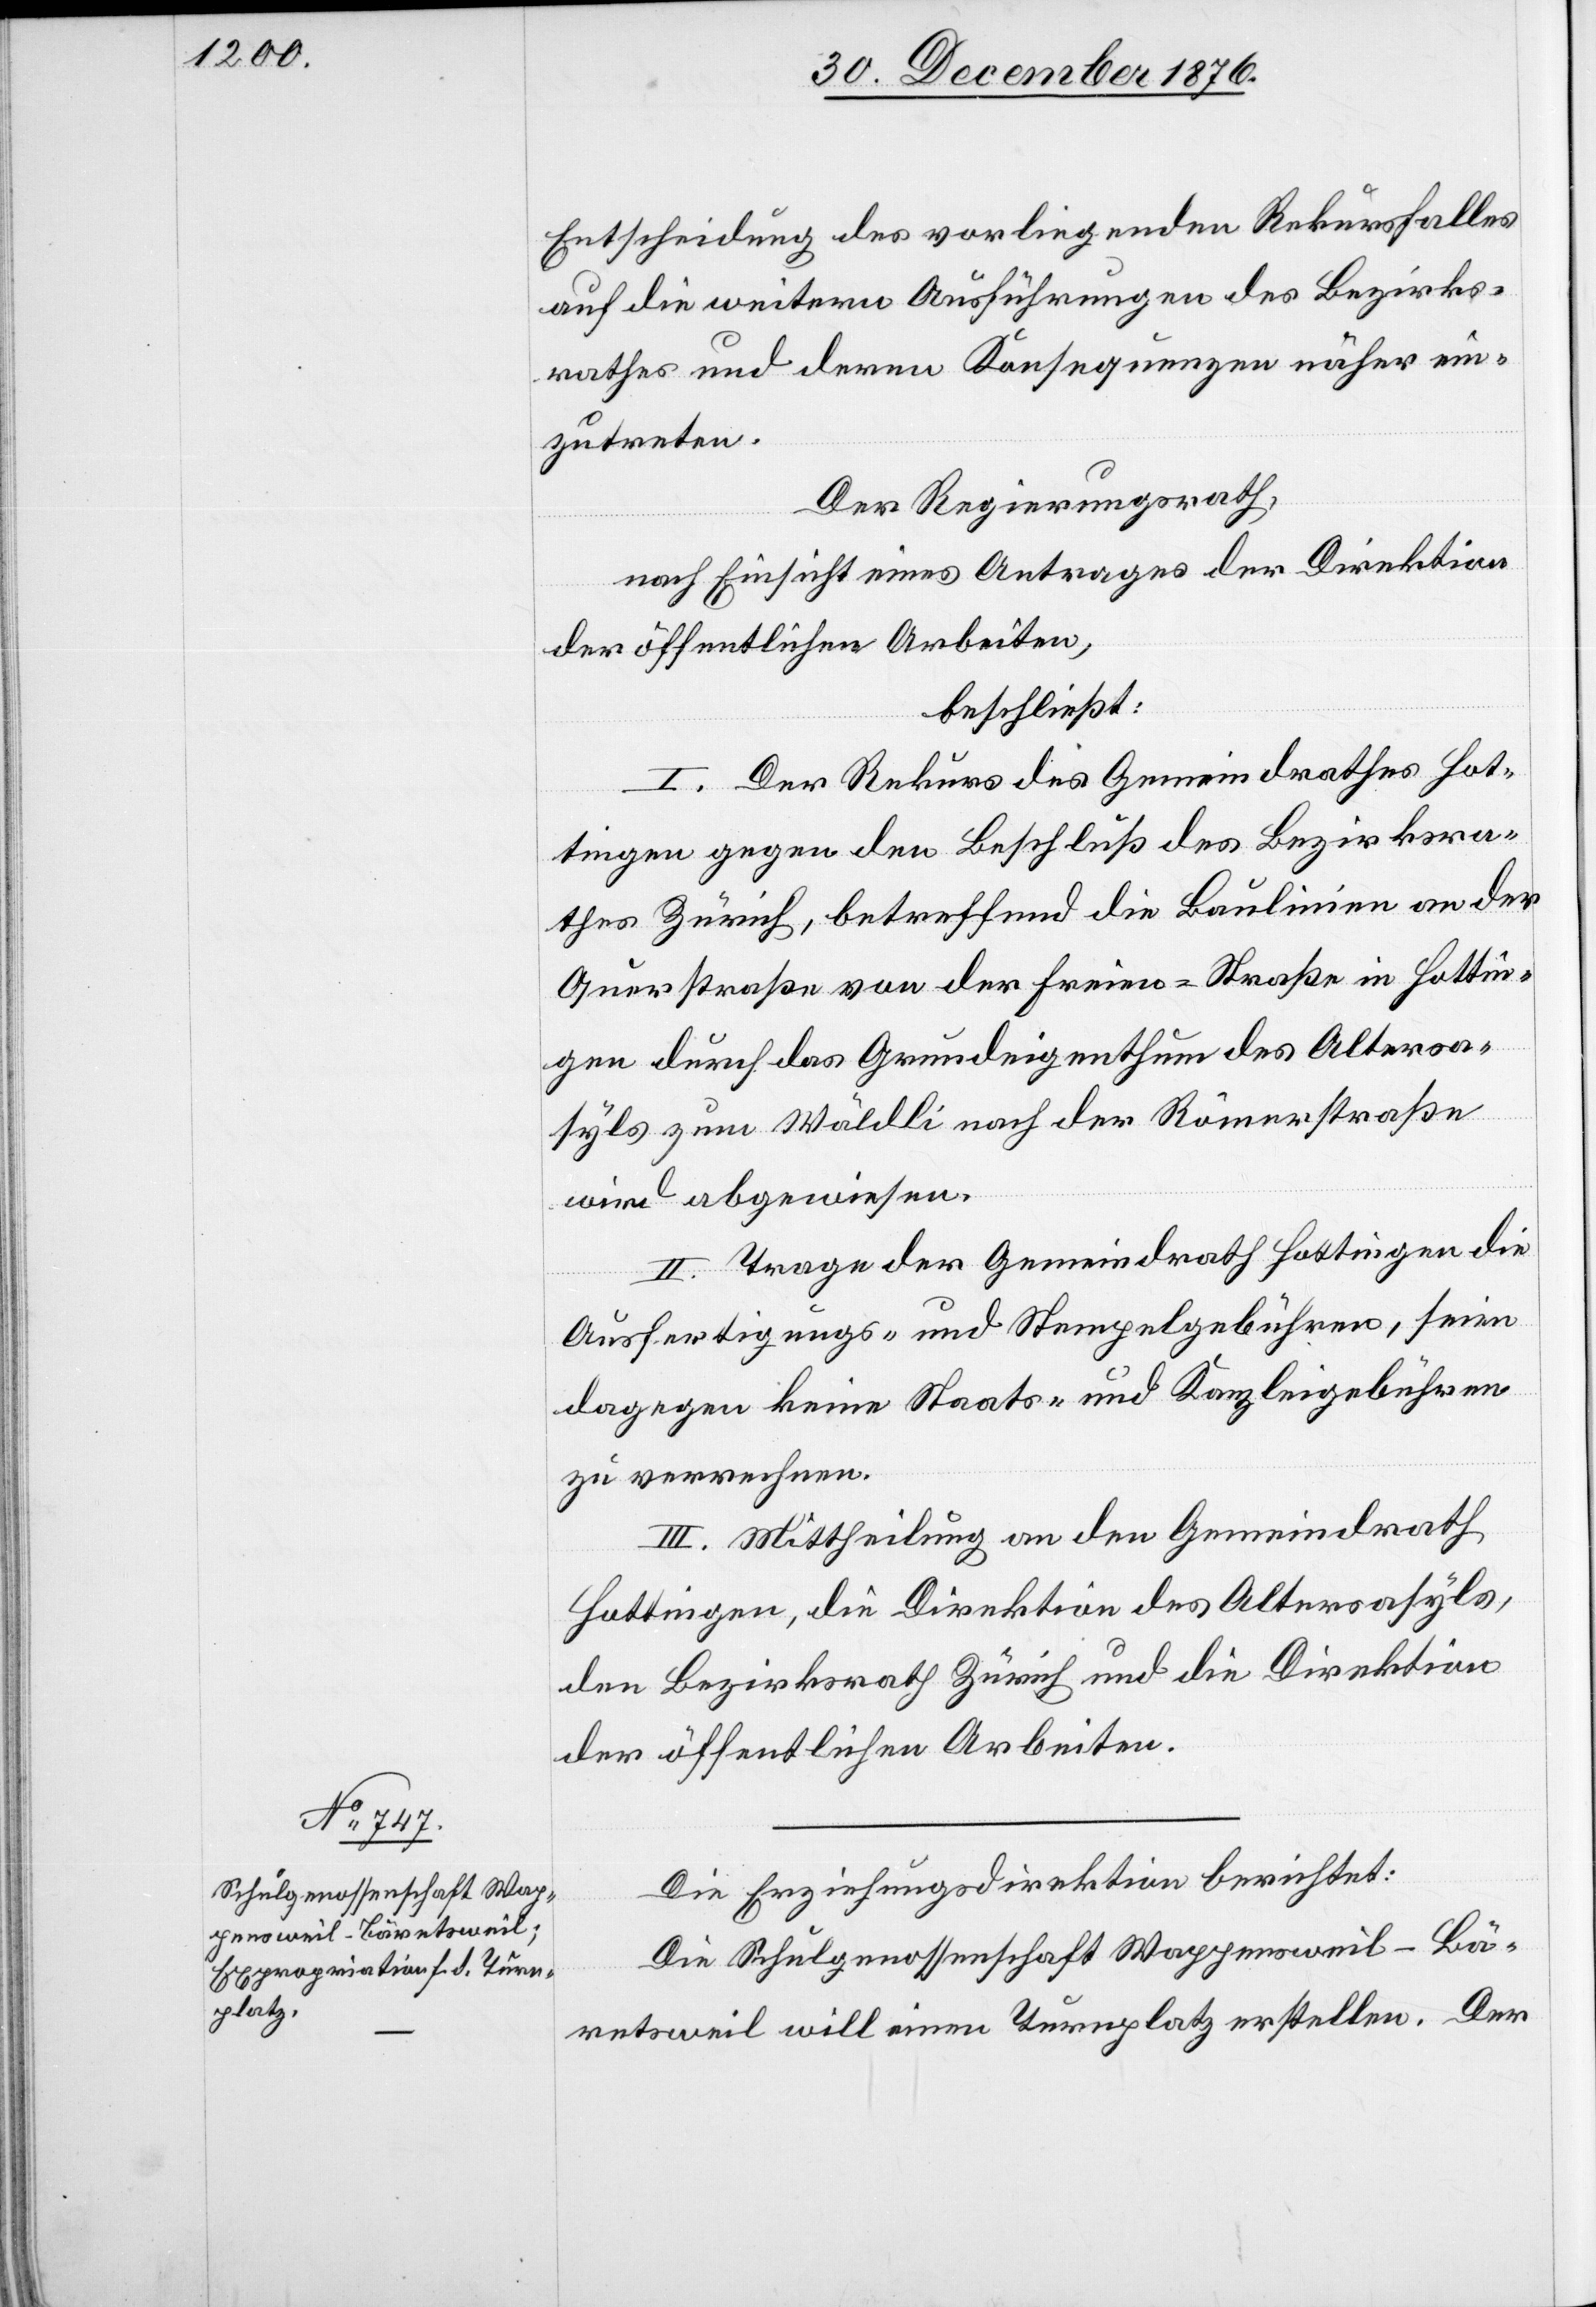
Entscheidung des vorliegenden Rekursfalles
auf die weitern Ausführungen des Bezirks¬
rathes und deren Konsequenzen näher ein¬
zutreten.
Der Regierungsrath,
nach Einsicht eines Antrages der Direktion
der öffentlichen Arbeiten,
beschließt:
I. Der Rekurs des Gemeindrathes Hot¬
tingen gegen den Beschluß des Bezirksra¬
thes Zürich, betreffend die Baulinien an der
Querstraße von der Freien-Straße in Hottin¬
gen durch das Grundeigenthum des Altersa¬
syls zum Wäldli nach der Römerstraße
wird abgewiesen.
II. Trage der Gemeindrath Hottingen die
Ausfertigungs- und Stempelgebühren, seien
dagegen keine Staats- und Kanzleigebühren
zu verrechnen.
III. Mittheilung an den Gemeindrath
Hottingen, die Direktion des Altersasyls,
den Bezirksrath Zürich und die Direktion
der öffentlichen Arbeiten.
Die Erziehungsdirektion berichtet:
Die Schulgenossenschaft Wappensweil-Bä¬
retsweil will einen Turnplatz erstellen. Der